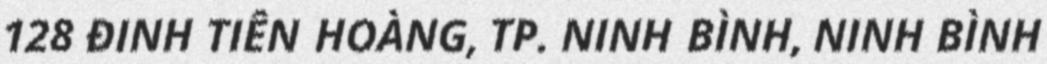
128 ĐINH TIÊN HOÀNG, TP. NINH BÌNH, NINH BÌNH